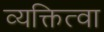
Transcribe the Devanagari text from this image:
व्यक्तित्वा